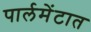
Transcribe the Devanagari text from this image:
पार्लमेंटात